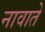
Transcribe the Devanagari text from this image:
नावाते